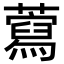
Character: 藛